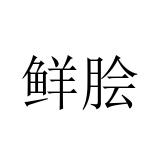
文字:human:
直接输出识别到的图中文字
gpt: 鲜脍